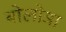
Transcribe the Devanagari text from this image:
बोलोञा